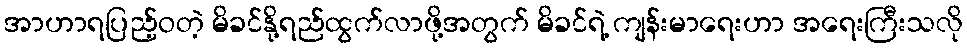
အာဟာရပြည့်ဝတဲ့ မိခင်နို့ရည်ထွက်လာဖို့အတွက် မိခင်ရဲ့ ကျန်းမာရေးဟာ အရေးကြီးသလို